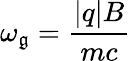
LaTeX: \omega_{\mathfrak{g}}={\frac{{|q|B}}{{mc}}}